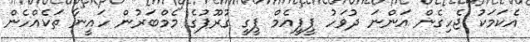
އެކަމަކު ޖެހިގެން އަންނަ ދުވަހު ޕީޕީއެމް ޕީގީ ގުރޫޕުގެ މެމްބަރުން ހައީނާ ތަކެއްހެން